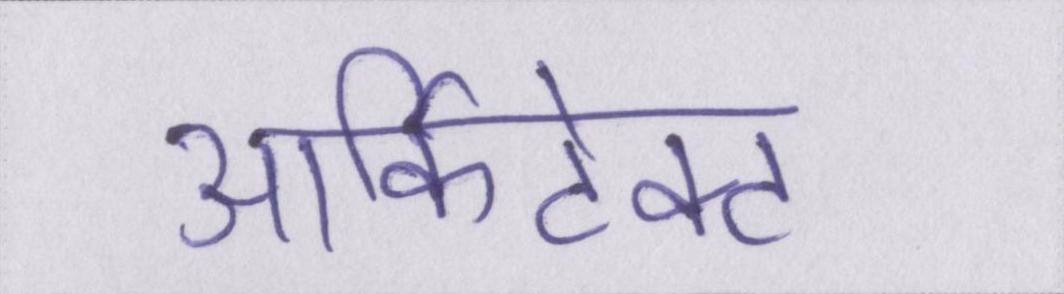
आर्किटेक्ट